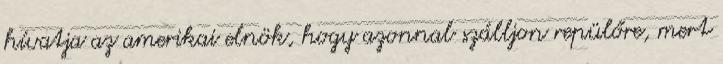
hívatja az amerikai elnök, hogy azonnal szálljon repülőre, mert